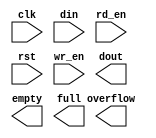
module op_fifo(
	clk,
	din,
	rd_en,
	rst,
	wr_en,
	dout,
	empty,
	full,
	overflow);


input clk;
input [10 : 0] din;
input rd_en;
input rst;
input wr_en;
output [10 : 0] dout;
output empty;
output full;
output overflow;

// synthesis translate_off

      FIFO_GENERATOR_V4_3 #(
		.C_COMMON_CLOCK(1),
		.C_COUNT_TYPE(0),
		.C_DATA_COUNT_WIDTH(6),
		.C_DEFAULT_VALUE("BlankString"),
		.C_DIN_WIDTH(11),
		.C_DOUT_RST_VAL("0"),
		.C_DOUT_WIDTH(11),
		.C_ENABLE_RLOCS(0),
		.C_FAMILY("virtex5"),
		.C_FULL_FLAGS_RST_VAL(1),
		.C_HAS_ALMOST_EMPTY(0),
		.C_HAS_ALMOST_FULL(0),
		.C_HAS_BACKUP(0),
		.C_HAS_DATA_COUNT(0),
		.C_HAS_INT_CLK(0),
		.C_HAS_MEMINIT_FILE(0),
		.C_HAS_OVERFLOW(1),
		.C_HAS_RD_DATA_COUNT(0),
		.C_HAS_RD_RST(0),
		.C_HAS_RST(1),
		.C_HAS_SRST(0),
		.C_HAS_UNDERFLOW(0),
		.C_HAS_VALID(0),
		.C_HAS_WR_ACK(0),
		.C_HAS_WR_DATA_COUNT(0),
		.C_HAS_WR_RST(0),
		.C_IMPLEMENTATION_TYPE(0),
		.C_INIT_WR_PNTR_VAL(0),
		.C_MEMORY_TYPE(2),
		.C_MIF_FILE_NAME("BlankString"),
		.C_MSGON_VAL(1),
		.C_OPTIMIZATION_MODE(0),
		.C_OVERFLOW_LOW(0),
		.C_PRELOAD_LATENCY(0),
		.C_PRELOAD_REGS(1),
		.C_PRIM_FIFO_TYPE("512x36"),
		.C_PROG_EMPTY_THRESH_ASSERT_VAL(4),
		.C_PROG_EMPTY_THRESH_NEGATE_VAL(5),
		.C_PROG_EMPTY_TYPE(0),
		.C_PROG_FULL_THRESH_ASSERT_VAL(31),
		.C_PROG_FULL_THRESH_NEGATE_VAL(30),
		.C_PROG_FULL_TYPE(0),
		.C_RD_DATA_COUNT_WIDTH(6),
		.C_RD_DEPTH(32),
		.C_RD_FREQ(1),
		.C_RD_PNTR_WIDTH(5),
		.C_UNDERFLOW_LOW(0),
		.C_USE_DOUT_RST(1),
		.C_USE_ECC(0),
		.C_USE_EMBEDDED_REG(0),
		.C_USE_FIFO16_FLAGS(0),
		.C_USE_FWFT_DATA_COUNT(1),
		.C_VALID_LOW(0),
		.C_WR_ACK_LOW(0),
		.C_WR_DATA_COUNT_WIDTH(6),
		.C_WR_DEPTH(32),
		.C_WR_FREQ(1),
		.C_WR_PNTR_WIDTH(5),
		.C_WR_RESPONSE_LATENCY(1))
	inst (
		.CLK(clk),
		.DIN(din),
		.RD_EN(rd_en),
		.RST(rst),
		.WR_EN(wr_en),
		.DOUT(dout),
		.EMPTY(empty),
		.FULL(full),
		.OVERFLOW(overflow),
		.INT_CLK(),
		.BACKUP(),
		.BACKUP_MARKER(),
		.PROG_EMPTY_THRESH(),
		.PROG_EMPTY_THRESH_ASSERT(),
		.PROG_EMPTY_THRESH_NEGATE(),
		.PROG_FULL_THRESH(),
		.PROG_FULL_THRESH_ASSERT(),
		.PROG_FULL_THRESH_NEGATE(),
		.RD_CLK(),
		.RD_RST(),
		.SRST(),
		.WR_CLK(),
		.WR_RST(),
		.ALMOST_EMPTY(),
		.ALMOST_FULL(),
		.DATA_COUNT(),
		.PROG_EMPTY(),
		.PROG_FULL(),
		.VALID(),
		.RD_DATA_COUNT(),
		.UNDERFLOW(),
		.WR_ACK(),
		.WR_DATA_COUNT(),
		.SBITERR(),
		.DBITERR());


// synthesis translate_on

endmodule